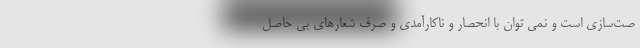
صت‌سازی است و نمی توان با انحصار و ناکارآمدی و صرف شعارهای بی حاصل